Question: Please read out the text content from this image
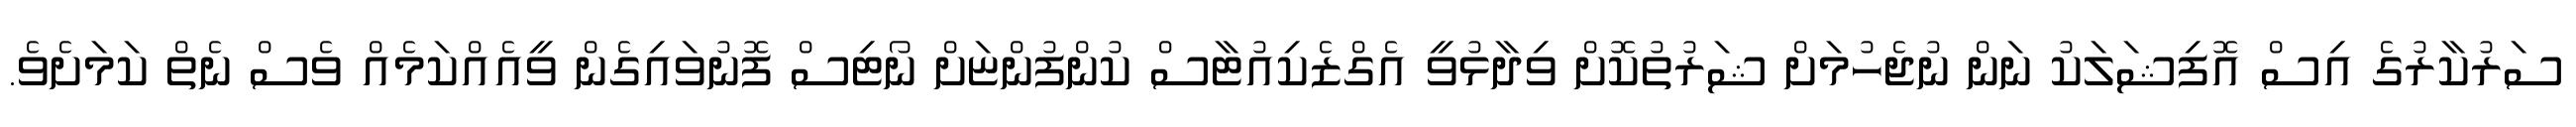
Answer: ސަރުކާރުގެ އިސް އޮފިޝަލަކު ނަން ނުޖެހުމަށް ޝަރުތުކޮށް ވިދާޅުވީ އެގްޒެކިއުޓާސް ކުންފުންޏަށް ނޯޓިސް ފޮނުވައިގެން ވީއެއްކަމެއް ވެސް ނެތް ކަމަށެވެ.